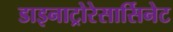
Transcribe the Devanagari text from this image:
डाइनाट्रोरेसार्सिनेट